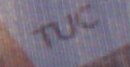
TUC